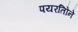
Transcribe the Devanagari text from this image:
पयरतिोने